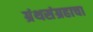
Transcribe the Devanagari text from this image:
ग्रंथसंग्रहाचा